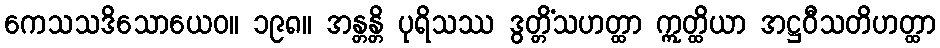
ကေသသဒိသောယေဝ။ ၁၉၈။ အန္တန္တိ ပုရိသဿ ဒွတ္တိံသဟတ္ထာ ဣတ္ထိယာ အဋ္ဌဝီသတိဟတ္ထာ